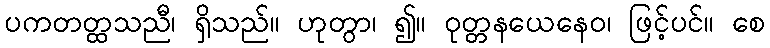
ပကတတ္ထသညီ၊ ရှိသည်။ ဟုတွာ၊ ၍။ ဝုတ္တနယေနေဝ၊ ဖြင့်ပင်။ စေ